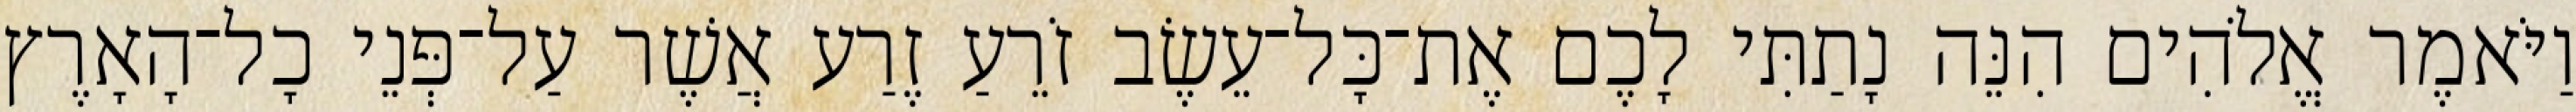
וַיֹּאמֶר אֱלֹהִים הִנֵּה נָתַתִּי לָכֶם אֶת־כָּל־עֵשֶׂב זֹרֵעַ זֶרַע אֲשֶׁר עַל־פְּנֵי כָל־הָאָרֶץ